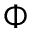
\Phi